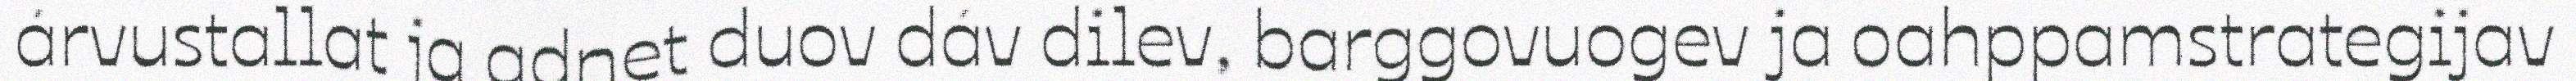
árvustallat ja adnet duov dáv dilev, barggovuogev ja oahppamstrategijav